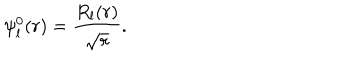
LaTeX: \psi _ { l } ^ { 0 } ( r ) = \frac { R _ { l } ( r ) } { \sqrt { r } } .